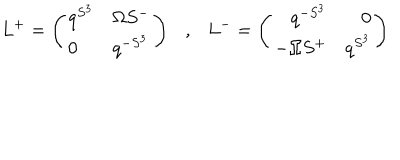
L ^ { + } = \left( \begin{array} { l l } { { q ^ { S ^ { 3 } } } } & { { \Omega S ^ { - } } } \\ { { 0 } } & { { q ^ { - S ^ { 3 } } } } \\ \end{array} \right) \ \ \ , \ \ \ L ^ { - } = \left( \begin{array} { r r } { { q ^ { - S ^ { 3 } } } } & { { 0 } } \\ { { - \Omega S ^ { + } } } & { { q ^ { S ^ { 3 } } } } \\ \end{array} \right)